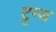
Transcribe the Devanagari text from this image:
टुम्ब